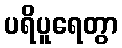
ပရိပူရေတွာ